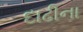
દાઢીના